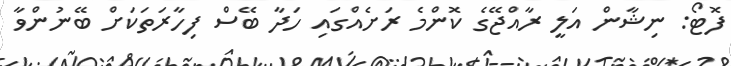
ފޮޓޯ: ނިޝާން އަލީ ރާއްޖޭގެ ކޮންމެ ރަށެއްގައި ހަދާ ބޭސް ފިހާރަތަކަށް ބޭނުންވާ